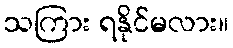
သကြား ရနိုင်မလား။